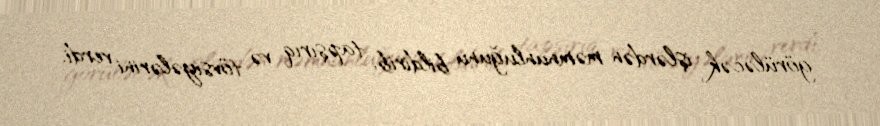
görüləcək işlərdən məmnunluğunu bildirib, tapşırıq və tövsiyələrini verdi.